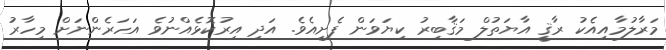
މަރާލުމާއިއެކު ރާޤީ އާޔަތުލް މަޤާބިރު ކިޔަވަން ފެށިއެވެ. އަދި އިރުކޮޅެއްނުވެ އަހަރެންނަށް މިހާރު